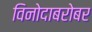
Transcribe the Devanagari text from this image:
विनोदाबरोबर